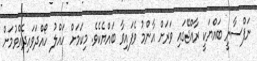
ނަފްސާނީ ބައްޔަކީ ރާއްޖޭގައި ވަރަށް އާންމު ވެފައިވާ ބައްޔެކެވެ. މިކަމަށް ހައްލު ހޯއްދަވައިދެއްވުމަށް